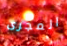
المجرى